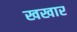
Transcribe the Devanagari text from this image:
खखार